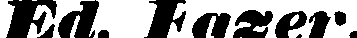
Ed. Fazer.